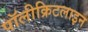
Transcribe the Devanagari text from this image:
पॉलीक्रिटलाइन